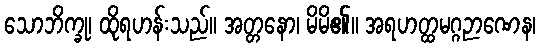
သောဘိက္ခု၊ ထိုရဟန်းသည်။ အတ္တနော၊ မိမိ၏။ အရဟတ္ထမဂ္ဂဉာဏေန၊